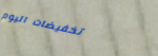
تخفيضات اليوم